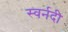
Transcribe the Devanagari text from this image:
स्वर्नदी